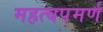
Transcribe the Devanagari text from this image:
महत्‍वपमर्ण